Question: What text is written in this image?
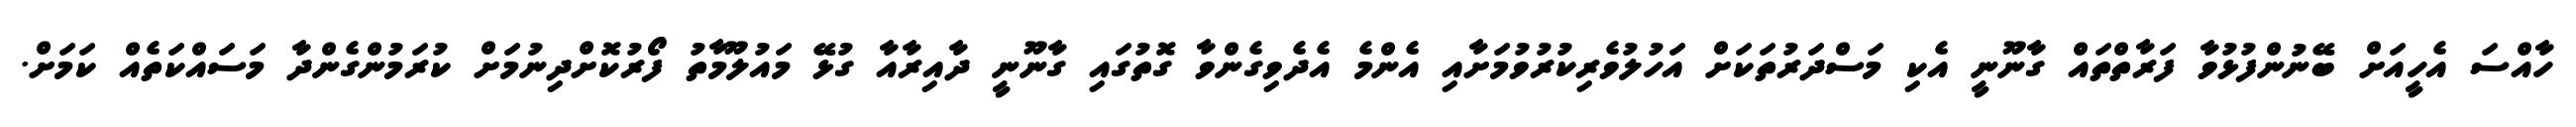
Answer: ހާއްސަ އެހީއަށް ބޭނުންފުޅުވާ ފަރާތްތައް ގާނޫނީ އެކި މަސްދަރުތަކަށް އަހުލުވެރިކުރުވުމަށާއި އެންމެ އެދެވިގެންވާ ގޮތުގައި ގާނޫނީ ދާއިރާއާ ގުޅޭ މައުލޫމާތު ފޯރުކޮށްދިނުމަށް ކުރަމުންގެންދާ މަސައްކަތެއް ކަމަށް.